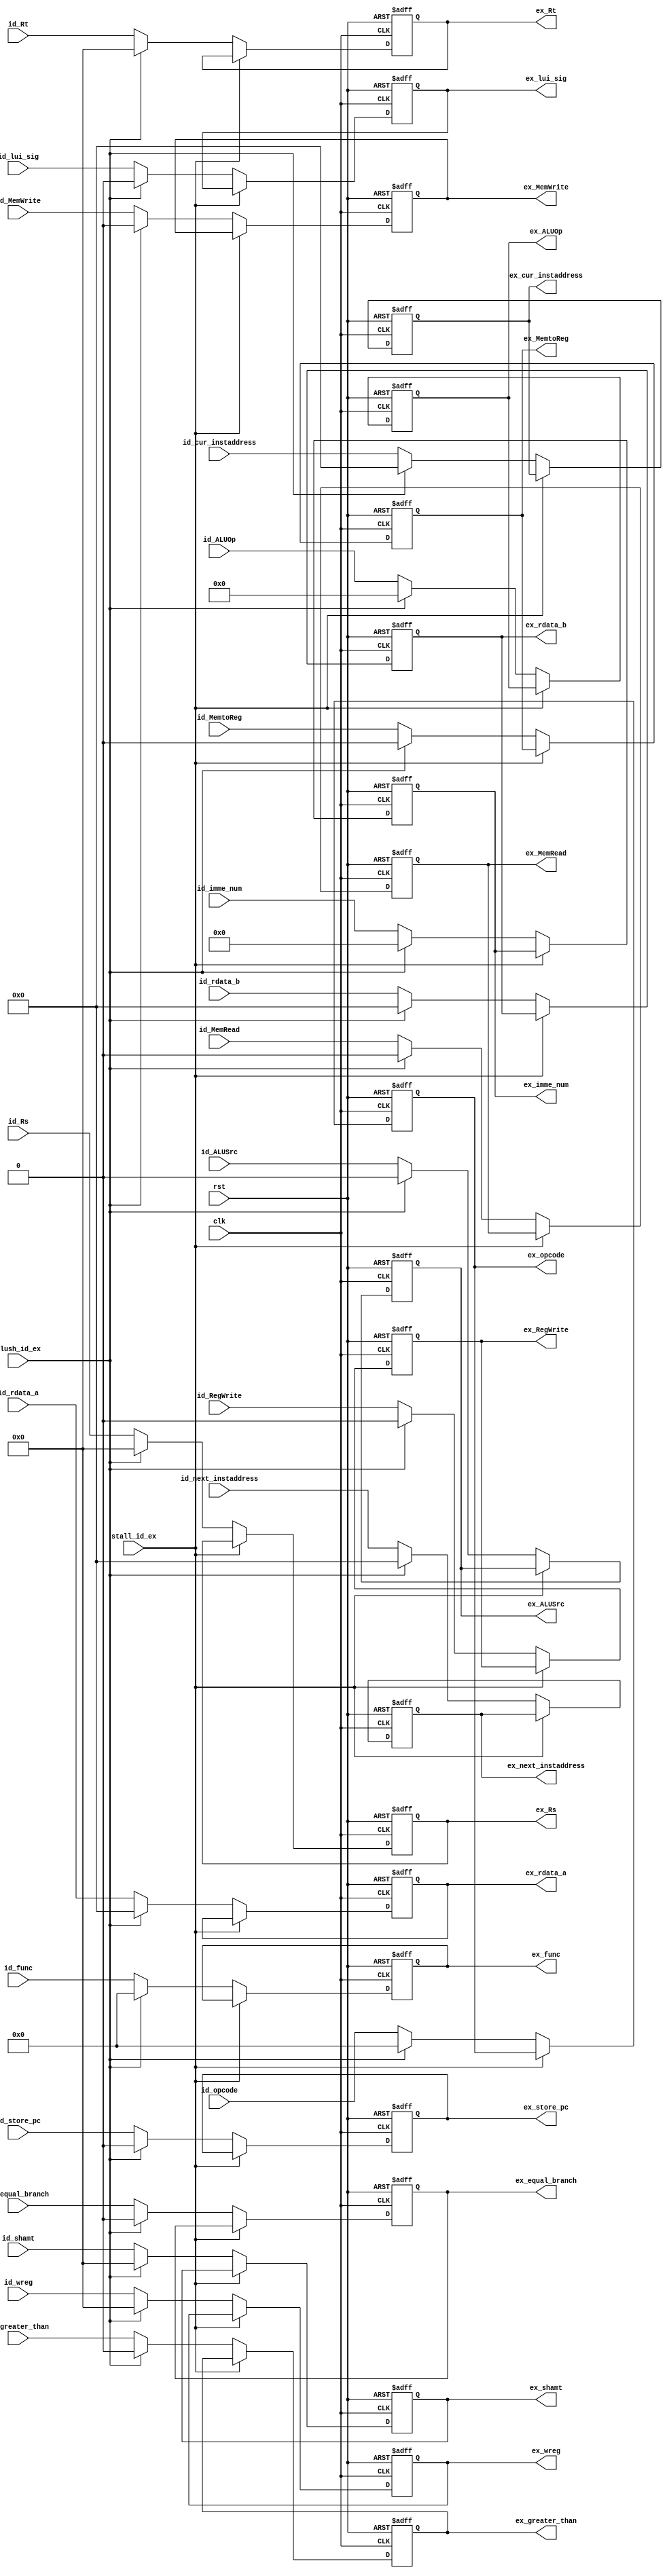
 module id_ex(
    input clk,
    input rst,
    input flush_id_ex,
    input stall_id_ex,
    input wire id_MemRead,
    input wire id_MemtoReg,
    input wire [3:0] id_ALUOp,
    input wire id_MemWrite,
    input wire id_ALUSrc,
    input wire id_RegWrite,
    input wire id_equal_branch,
    input wire id_store_pc,
    input wire id_lui_sig,
    input wire [31:0] id_next_instaddress,
    input wire [31:0] id_rdata_a,        //Rs
    input wire [31:0] id_rdata_b,        //Rt
    input wire [15:0] id_imme_num,
    input wire [5:0] id_func,
    input wire [4:0] id_shamt,
    input wire [5:0] id_opcode,
    input wire [31:0] id_cur_instaddress,
    input wire [4:0] id_wreg,           //Rd
    input wire [4:0] id_Rs,
    input wire [4:0] id_Rt,
    input wire id_greater_than,
    output reg ex_MemRead,
    output reg ex_MemtoReg,
    output reg [3:0] ex_ALUOp,
    output reg ex_MemWrite,
    output reg ex_ALUSrc,
    output reg ex_RegWrite,
    output reg ex_equal_branch,
    output reg ex_store_pc,
    output reg ex_lui_sig,           
    output reg [31:0] ex_next_instaddress,
    output reg [31:0] ex_rdata_a,
    output reg [31:0] ex_rdata_b,
    output reg [15:0] ex_imme_num,
    output reg [5:0] ex_func,
    output reg [4:0] ex_shamt,
    output reg [5:0] ex_opcode,
    output reg [31:0] ex_cur_instaddress,
    output reg [4:0] ex_wreg,
    output reg [4:0] ex_Rs,
    output reg [4:0] ex_Rt,
    output reg ex_greater_than
);

always @(posedge clk or posedge rst) begin 
        if(rst == 1'b1) begin 
            ex_MemRead <= 1'b0;
            ex_MemtoReg <= 1'b0;
            ex_ALUOp <= 4'b0000;
            ex_MemWrite <= 1'b0;
            ex_ALUSrc <= 1'b0;
            ex_RegWrite <= 1'b0;
            ex_equal_branch <= 1'b0;
            ex_store_pc <= 1'b0;
            ex_lui_sig <= 1'b0;
            ex_next_instaddress <= 32'h00000000;
            ex_rdata_a <= 32'h00000000;
            ex_rdata_b <= 32'h00000000;
            ex_imme_num <= 16'h0000;
            ex_func <= 6'b000000;
            ex_shamt <= 5'b00000;
            ex_opcode <= 6'b000000;
            ex_cur_instaddress <= 32'h00000000;
            ex_wreg <= 5'b00000;
            ex_Rs <= 5'b00000;
            ex_Rt <= 5'b00000;
            ex_greater_than <= 1'b0;
        end 
        else if (stall_id_ex == 1'b0) begin 
            if(flush_id_ex == 1'b1) begin 
                //ex_Branch <= 1'b0;
                ex_MemRead <= 1'b0;
                ex_MemtoReg <= 1'b0;
                ex_ALUOp <= 4'b0000;
                ex_MemWrite <= 1'b0;
                ex_ALUSrc <= 1'b0;
                ex_RegWrite <= 1'b0;
                ex_equal_branch <= 1'b0;
                ex_store_pc <= 1'b0;
                ex_lui_sig <= 1'b0;
                ex_next_instaddress <= 32'h00000000;
                ex_rdata_a <= 32'h00000000;
                ex_rdata_b <= 32'h00000000;
                ex_imme_num <= 16'h0000;
                ex_func <= 6'b000000;
                ex_shamt <= 5'b00000;
                ex_opcode <= 6'b000000;
                ex_cur_instaddress <= 32'h00000000;
                ex_wreg <= 5'b00000;
                ex_Rs <= 5'b00000;
                ex_Rt <= 5'b00000;
                ex_greater_than <= 1'b0;
            end
            else begin 
                ex_MemRead <= id_MemRead;
                ex_MemtoReg <= id_MemtoReg;
                ex_ALUOp <= id_ALUOp;
                ex_MemWrite <= id_MemWrite;
                ex_ALUSrc <= id_ALUSrc;
                ex_RegWrite <= id_RegWrite;
                ex_equal_branch <= id_equal_branch;
                ex_store_pc <= id_store_pc;
                ex_lui_sig <= id_lui_sig;
                ex_next_instaddress <= id_next_instaddress;
                ex_rdata_a <= id_rdata_a;
                ex_rdata_b <= id_rdata_b;
                ex_imme_num <= id_imme_num;
                ex_func <= id_func;
                ex_shamt <= id_shamt;
                ex_opcode <= id_opcode;
                ex_cur_instaddress <= id_cur_instaddress;
                ex_wreg <= id_wreg;
                ex_Rs <= id_Rs;
                ex_Rt <= id_Rt;
                ex_greater_than <= id_greater_than;
            end
        end 
end

endmodule